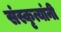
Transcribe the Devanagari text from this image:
संस्कृत्यांनी